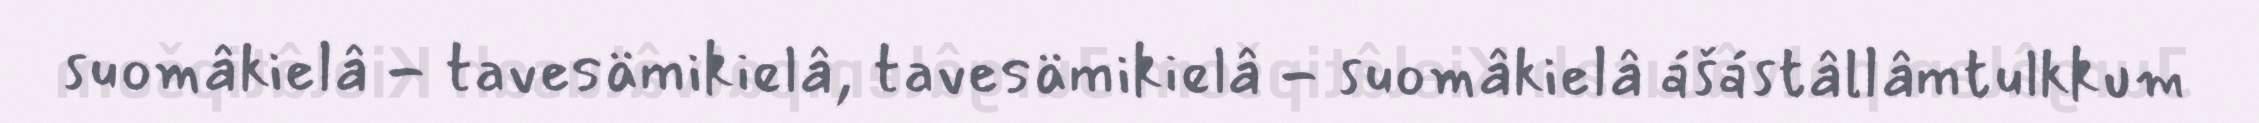
suomâkielâ - tavesämikielâ, tavesämikielâ - suomâkielâ ášástâllâmtulkkum